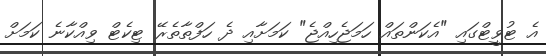
އެ ޓުވީޓްގައި "އެކަންތައް ހަމަޖެހިއްޖެ" ކަމަށާއި ދެ ހަފްތާތެރޭ ޓިކެޓް ވިއްކާނެ ކަަމަށް